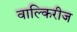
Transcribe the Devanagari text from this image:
वाल्किरीज